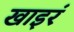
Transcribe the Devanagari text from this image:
खाइरं